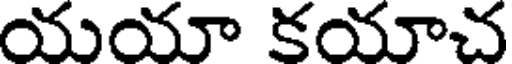
యయా కయాచ